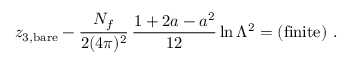
z _ { 3 , \mathrm { b a r e } } - \frac { N _ { f } } { 2 ( 4 \pi ) ^ { 2 } } \, \frac { 1 + 2 a - a ^ { 2 } } { 1 2 } \ln \Lambda ^ { 2 } = \mathrm { ( f i n i t e ) } \ .